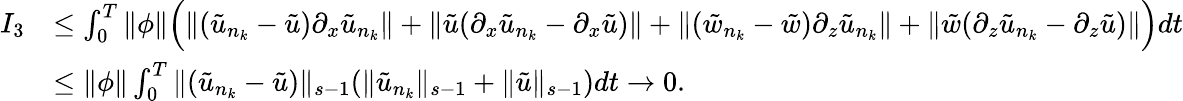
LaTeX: \begin{array}{rl}{I_{3}}&{\leq\int_{0}^{T}\| \phi\| \Big(\| (\tilde{u}_{n_{k}}-\tilde{u})\partial_{x}\tilde{u}_{n_{k}}\| +\| \tilde{u}(\partial_{x}\tilde{u}_{n_{k}}-\partial_{x}\tilde{u})\| +\| (\tilde{w}_{n_{k}}-\tilde{w})\partial_{z}\tilde{u}_{n_{k}}\| +\| \tilde{w}(\partial_{z}\tilde{u}_{n_{k}}-\partial_{z}\tilde{u})\| \Big)dt}\\ &{\leq\| \phi\| \int_{0}^{T}\| (\tilde{u}_{n_{k}}-\tilde{u})\| _{s-1}(\| \tilde{u}_{n_{k}}\| _{s-1}+\| \tilde{u}\| _{s-1})dt\rightarrow 0.}\end{array}